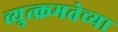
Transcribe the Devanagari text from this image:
व्युत्क्रमतेच्या